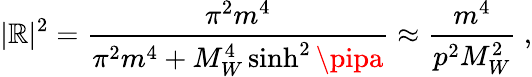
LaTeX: |\mathbb{R}|^{2}=\frac{{\pi^{2}m^{4}}}{{\pi^{2}m^{4}+M_{W}^{4}\sinh^{2}\pipa}}\approx\frac{{m^{4}}}{{p^{2}M_{W}^{2}}}\ ,